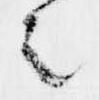
者